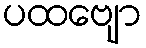
ပထဗျော